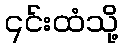
၎င်းထံသို့